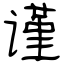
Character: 谨